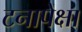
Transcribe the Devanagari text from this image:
टनापेक्षा